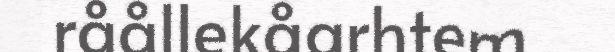
råållekåarhtem